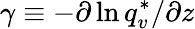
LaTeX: \gamma\equiv-\partial\ln q_{v}^{*}/\partial z